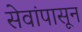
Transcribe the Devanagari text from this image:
सेवांपासून